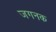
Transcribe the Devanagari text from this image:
जगनक